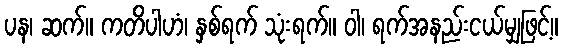
ပန၊ ဆက်။ ကတိပါဟံ၊ နှစ်ရက် သုံးရက်။ ဝါ၊ ရက်အနည်းငယ်မျှဖြင့်။